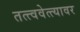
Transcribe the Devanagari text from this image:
तत्त्ववेत्त्यावर